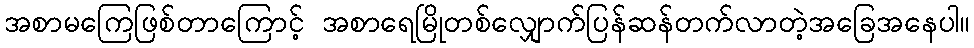
အစာမကြေဖြစ်တာကြောင့် အစာရေမြိုတစ်လျှောက်ပြန်ဆန်တက်လာတဲ့အခြေအနေပါ။